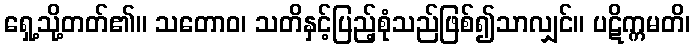
ရှေ့သို့တတ်၏။ သတောဝ၊ သတိနှင့်ပြည့်စုံသည်ဖြစ်၍သာလျှင်။ ပဋိက္ကမတိ၊